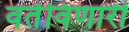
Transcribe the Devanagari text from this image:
वर्तविणारी